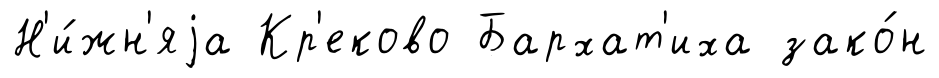
Н'и́жн'яjа Кр'еково Бархат'иха зако́н